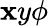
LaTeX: \mathbf{x}y\phi